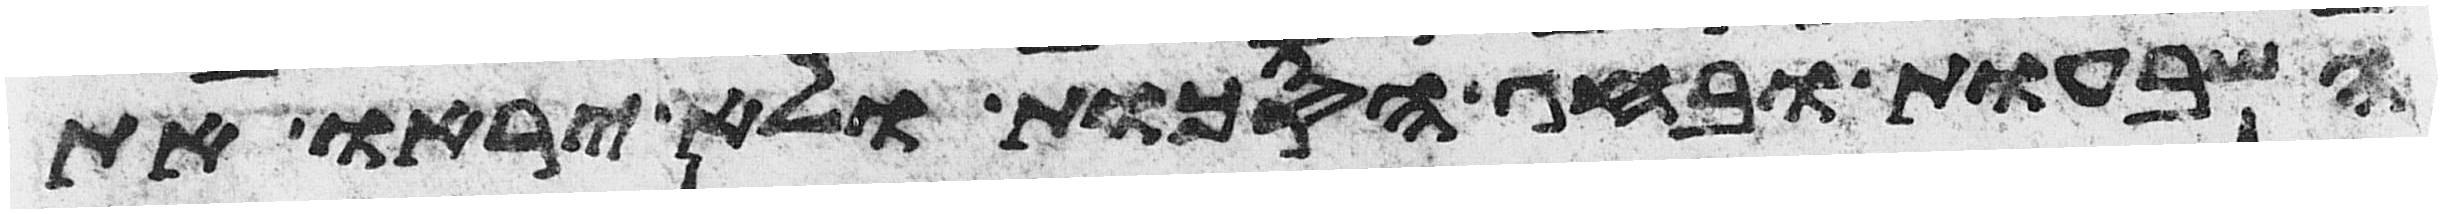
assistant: השבעות ובחג הסכות ולא יראו את